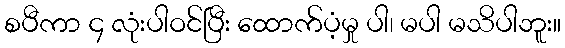
စပီကာ ၄ လုံးပါဝင်ပြီး ထောက်ပံ့မှု ပါ၊ မပါ မသိပါဘူး။